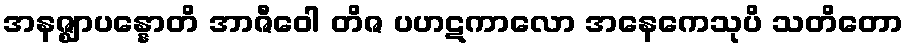
အနဇ္ဈာပန္နောတိ အာဇီဝေါ တိဇ ပဟဋကာလော အနေကေသုပိ သတိတော